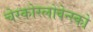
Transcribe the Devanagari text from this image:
चेस्कोस्लोवेन्स्को